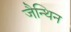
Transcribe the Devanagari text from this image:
जैन्थिन